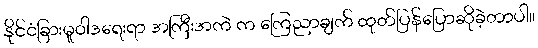
နိုင်ငံခြားမူဝါဒရေးရာ အကြီးအကဲ က ကြေညာချက် ထုတ်ပြန်ပြောဆိုခဲ့တာပါ။